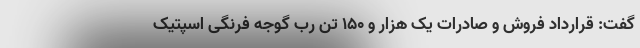
گفت: قرارداد فروش و صادرات یک هزار و ۱۵۰ تن رب گوجه فرنگی اسپتیک